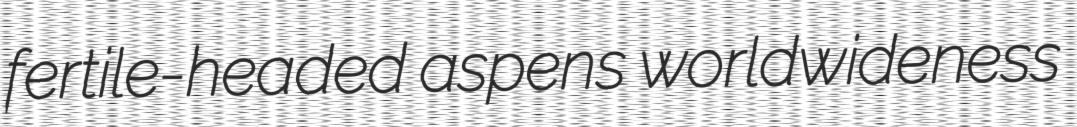
fertile-headed aspens worldwideness